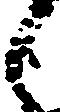
々